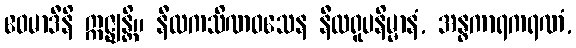
ဧဝမာဒီနိ ဣဇ္ဈန္တိ။ နီလကသိဏဝသေန နီလရူပနိမ္မာနံ, အန္ဓကာရကရဏံ,